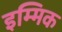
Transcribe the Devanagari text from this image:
इम्मिक